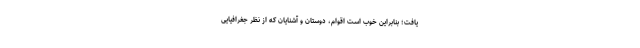
یافت؛ بنابراین خوب است اقوام، دوستان و آشنایان که از نظر جغرافیایی